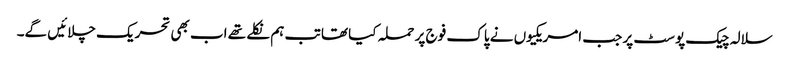
سلالہ چیک پوسٹ پر جب امریکیوں نے پاک فوج پر حملہ کیا تھا تب ہم نکلے تھے اب بھی تحریک چلائیں گے۔